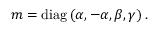
m = \mathrm { d i a g } \left( \alpha , - \alpha , \beta , \gamma \right) .